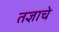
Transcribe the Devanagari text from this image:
तज्ञाचे